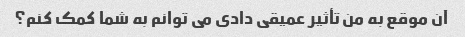
آن موقع به من تأثیر عمیقی دادی می توانم به شما کمک کنم؟